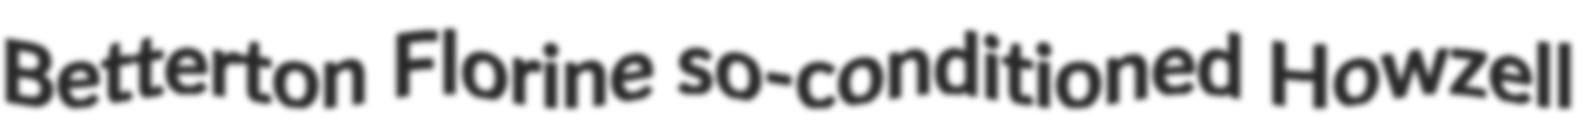
Betterton Florine so-conditioned Howzell